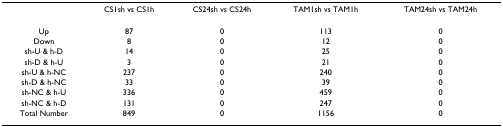
<table><thead><tr><td></td><td><b>CS1sh vs CS1h</b></td><td><b>CS24sh vs CS24h</b></td><td><b>TAM1sh vs TAM1h</b></td><td><b>TAM24sh vs TAM24h</b></td></tr></thead><tbody><tr><td>Up</td><td>87</td><td>0</td><td>113</td><td>0</td></tr><tr><td>Down</td><td>8</td><td>0</td><td>12</td><td>0</td></tr><tr><td>sh-U &amp; h-D</td><td>14</td><td>0</td><td>25</td><td>0</td></tr><tr><td>sh-D &amp; h-U</td><td>3</td><td>0</td><td>21</td><td>0</td></tr><tr><td>sh-U &amp; h-NC</td><td>237</td><td>0</td><td>240</td><td>0</td></tr><tr><td>sh-D &amp; h-NC</td><td>33</td><td>0</td><td>39</td><td>0</td></tr><tr><td>sh-NC &amp; h-U</td><td>336</td><td>0</td><td>459</td><td>0</td></tr><tr><td>sh-NC &amp; h-D</td><td>131</td><td>0</td><td>247</td><td>0</td></tr><tr><td>Total Number</td><td>849</td><td>0</td><td>1156</td><td>0</td></tr></tbody></table>